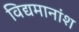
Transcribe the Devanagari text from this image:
विद्यमानांश